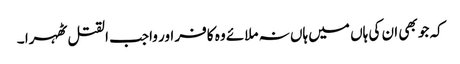
کہ جو بھی ان کی ہاں میں ہاں نہ ملائے وہ کافر اور واجب القتل ٹھہرا ۔